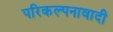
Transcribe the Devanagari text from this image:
परिकल्पनावादी